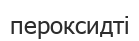
пероксидті